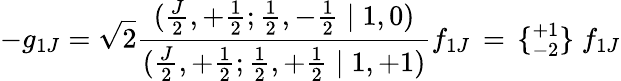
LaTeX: -g_{1J}=\sqrt{2}\frac{(\frac{J}{2},+\frac{1}{2};\frac{1}{2},-\frac{1}{2}\mid 1,0)}{(\frac{J}{2},+\frac{1}{2};\frac{1}{2},+\frac{1}{2}\mid 1,+1)}f_{1J}\, =\, \{ {}_{-2}^{+1}\} \; f_{1J}